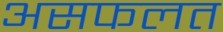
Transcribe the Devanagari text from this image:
असफलत